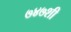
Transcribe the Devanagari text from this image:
७४७शी